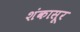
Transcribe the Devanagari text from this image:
शंकासूर